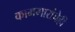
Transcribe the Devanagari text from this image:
कामगारांचेही